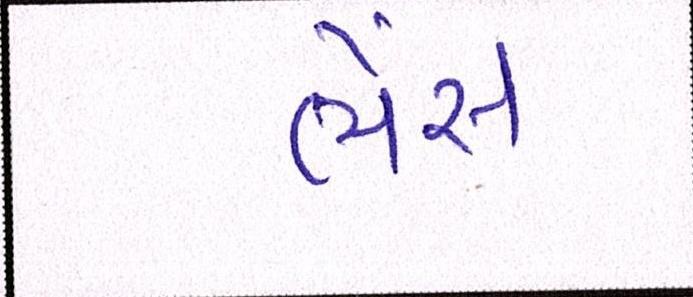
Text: ભેંસ